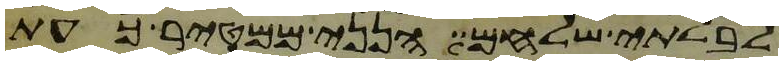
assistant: לבלתי שלחם הנני ממטיר כעת